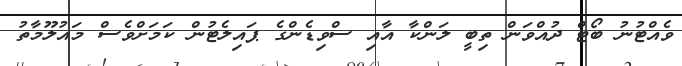
ވެއްޓުނު ބޯޓް ދުއްވަން ތިބީ ލަންކާ އާއި ސްވިޑެންގެ ޕައިލެޓުން ކަމަށްވެސް މައުލޫމާތު